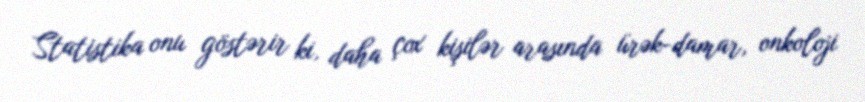
Statistika onu göstərir ki, daha çox kişilər arasında ürək-damar, onkoloji